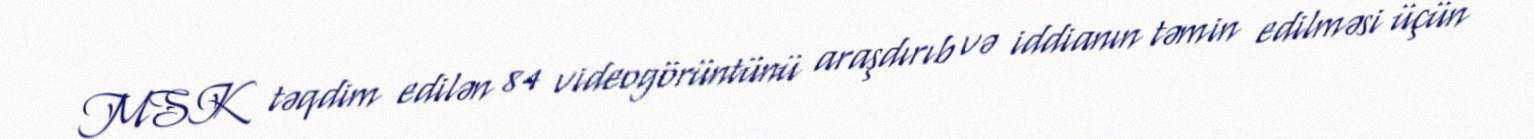
MSK təqdim edilən 84 videogörüntünü araşdırıb və iddianın təmin edilməsi üçün